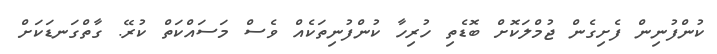
ކުންފުނިިން ފެށިގެން ޖުމްލަކޮށް ބޮޑެތި ހުރިހާ ކުންފުނިތަކެއް ވެސް މަސައްކަތް ކުރޭ. ގާތްގަނޑަކަށް